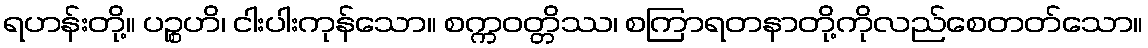
ရဟန်းတို့။ ပဉ္စဟိ၊ ငါးပါးကုန်သော။ စက္ကဝတ္တိဿ၊ စကြာရတနာတို့ကိုလည်စေတတ်သော။